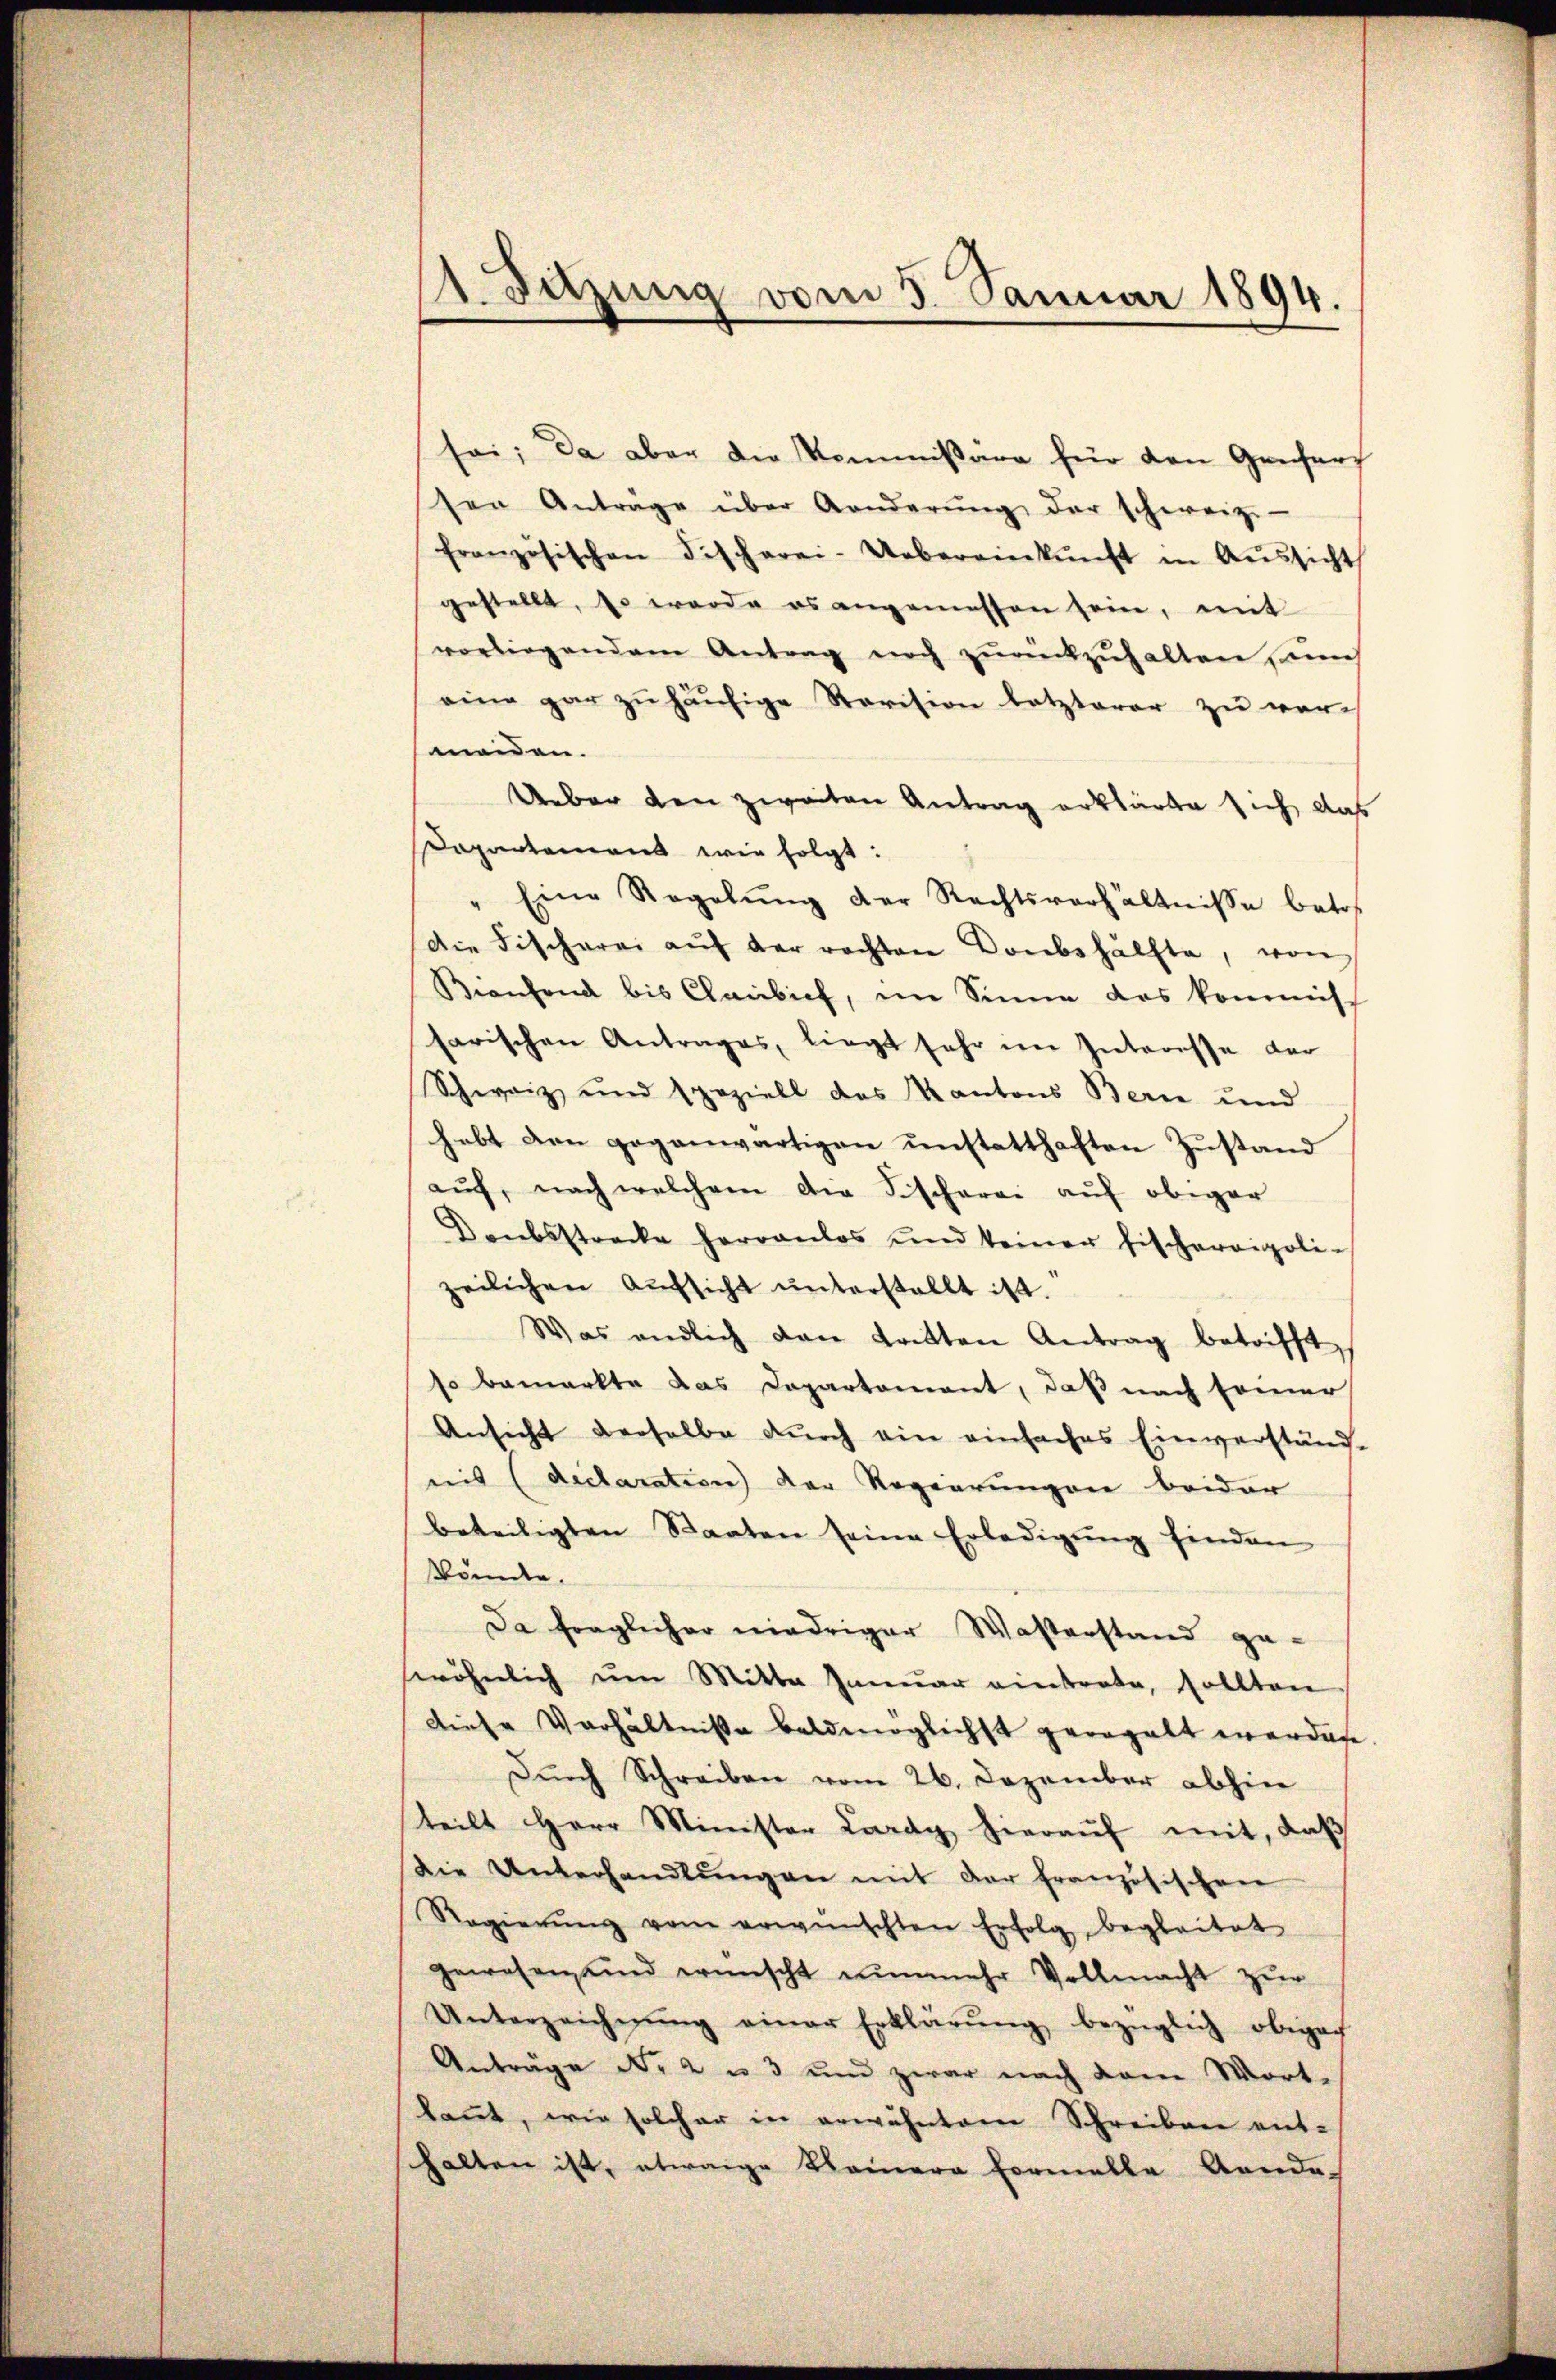
1 Satzung vom 5. Januar 1894.

sei; da aber die Kommissäre für den Genfurf
sen Anträge über Aenderŭng der schweiz.
französischen Fischerei-Uebereinkunft in Aŭssicht
gestellt, es werde es angemessen sein, mit
vorliegendem Antrag noch zŭrükzŭhalten un
eine gar zu häufige Revision letzterer zu vers
meiden.
Ueber den zweiten Antrag erklärte sich das
Dapartement wir folgt:
Eine Regelŭng der Rechtsverhältnisse batos
Die Fischerei aŭf der rechten Donbshälfte, von
Bienfond bis Claibich, im Sinne das kommis
sarischen Antrages, liegt sehr im Interesse der
Schwarz und Speziell das Kantons Berne und
hebt den gegenwärtigen unstatthaften Zustand
aŭf, nach welchem der Fischerei aŭf obiger
Doubsstrecke herrenlos und keiner Fischerigoli-
zeilichen Aŭfsicht ŭnterstellt ist.
Was endlich dan tritten Antrag betrifft,
so bemerkte das Departement, daß nach seiner
Ansicht derselbe durch ein einfaches Einverständ-
nis (declaration der Regierungen beider
beteiligten Staaten seine Erledigŭng finden
könnte.
Da fraglicher niedriger Wasterstand ge-
wöhnlich um Mitta Januar eintrete, sollten
diese Verhältniße baldmöglichst georgelt werden
Durch Schreiben vom 26. Dezember abhin
teilt Herr Minister Lardy hieraŭf mit, daβ
Die Unterhandlŭngen mit der französischen
Regierŭng vom erwünschten Erfolg begleitet
gewesen, und wünscht nunmehr Vollmacht zur
Unterzeichnŭng einer Erklärŭng bezüglich obenach
Anträge No 2 u 3 und zwar nach dem Wort-
kannt, wie solcher in erwähntem Schreiben ent-
halten ist, etwaige Kleinere Formelle Aende